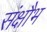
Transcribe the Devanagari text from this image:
संक्षौभ